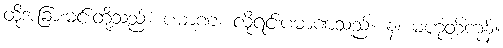
ထိုအခြားမင်းတို့သည်။ ပမာဏံ၊ လိုရင်းပမာဏသည်။ န၊ မဟုတ်ကုန်။